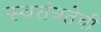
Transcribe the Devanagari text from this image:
स्वतंत्रतेची